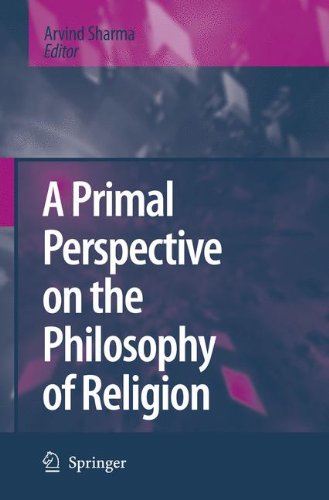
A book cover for A Primal Perspective on the Philosophy of Religion; Arvind Sharma; Religion & Spirituality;